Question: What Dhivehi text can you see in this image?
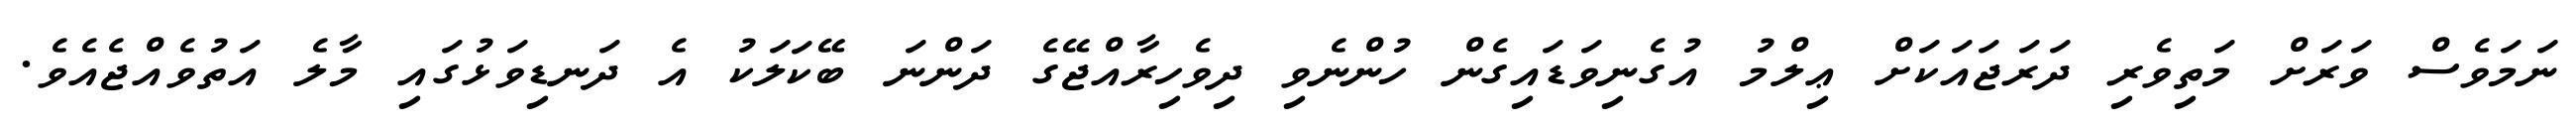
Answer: ނަމަވެސް ވަރަށް މަތިވެރި ދަރަޖައަކަށް ޢިލްމު އުގެނިވަޑައިގެން ހުންނެވި ދިވެހިރާއްޖޭގެ ދަންނަ ބޭކަލަކު އެ ދަނޑިވަޅުގައި މާލެ އަތުވެއްޖެއެވެ.